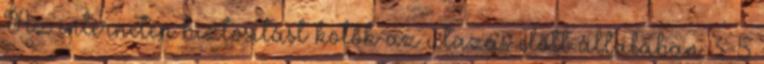
Az interneten biztosítást kötők az utazás előtt általában 3-5